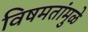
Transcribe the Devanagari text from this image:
विषमतांमुळे